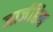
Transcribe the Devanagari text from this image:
जार्जहिम